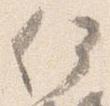
何